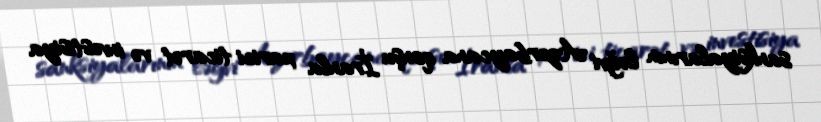
sanksiyalarının ləğvi Azərbaycana qonşu İranla xarici ticarət və investisiya